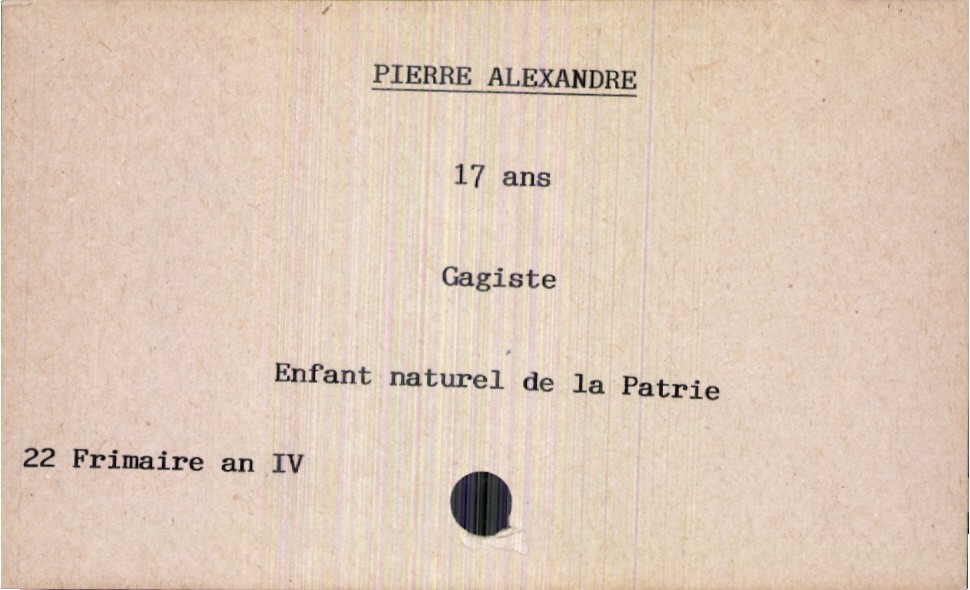
type_acte: Décès
année: an IV
mois: frimaire
jour: 22
observations: Parent inconnu : enfant naturel de la Patrie
défunt_nom: Alexandre
défunt_prénom: Pierre
défunt_sexe: H
défunt_âge: 17 ans
défunt_profession: Gagiste